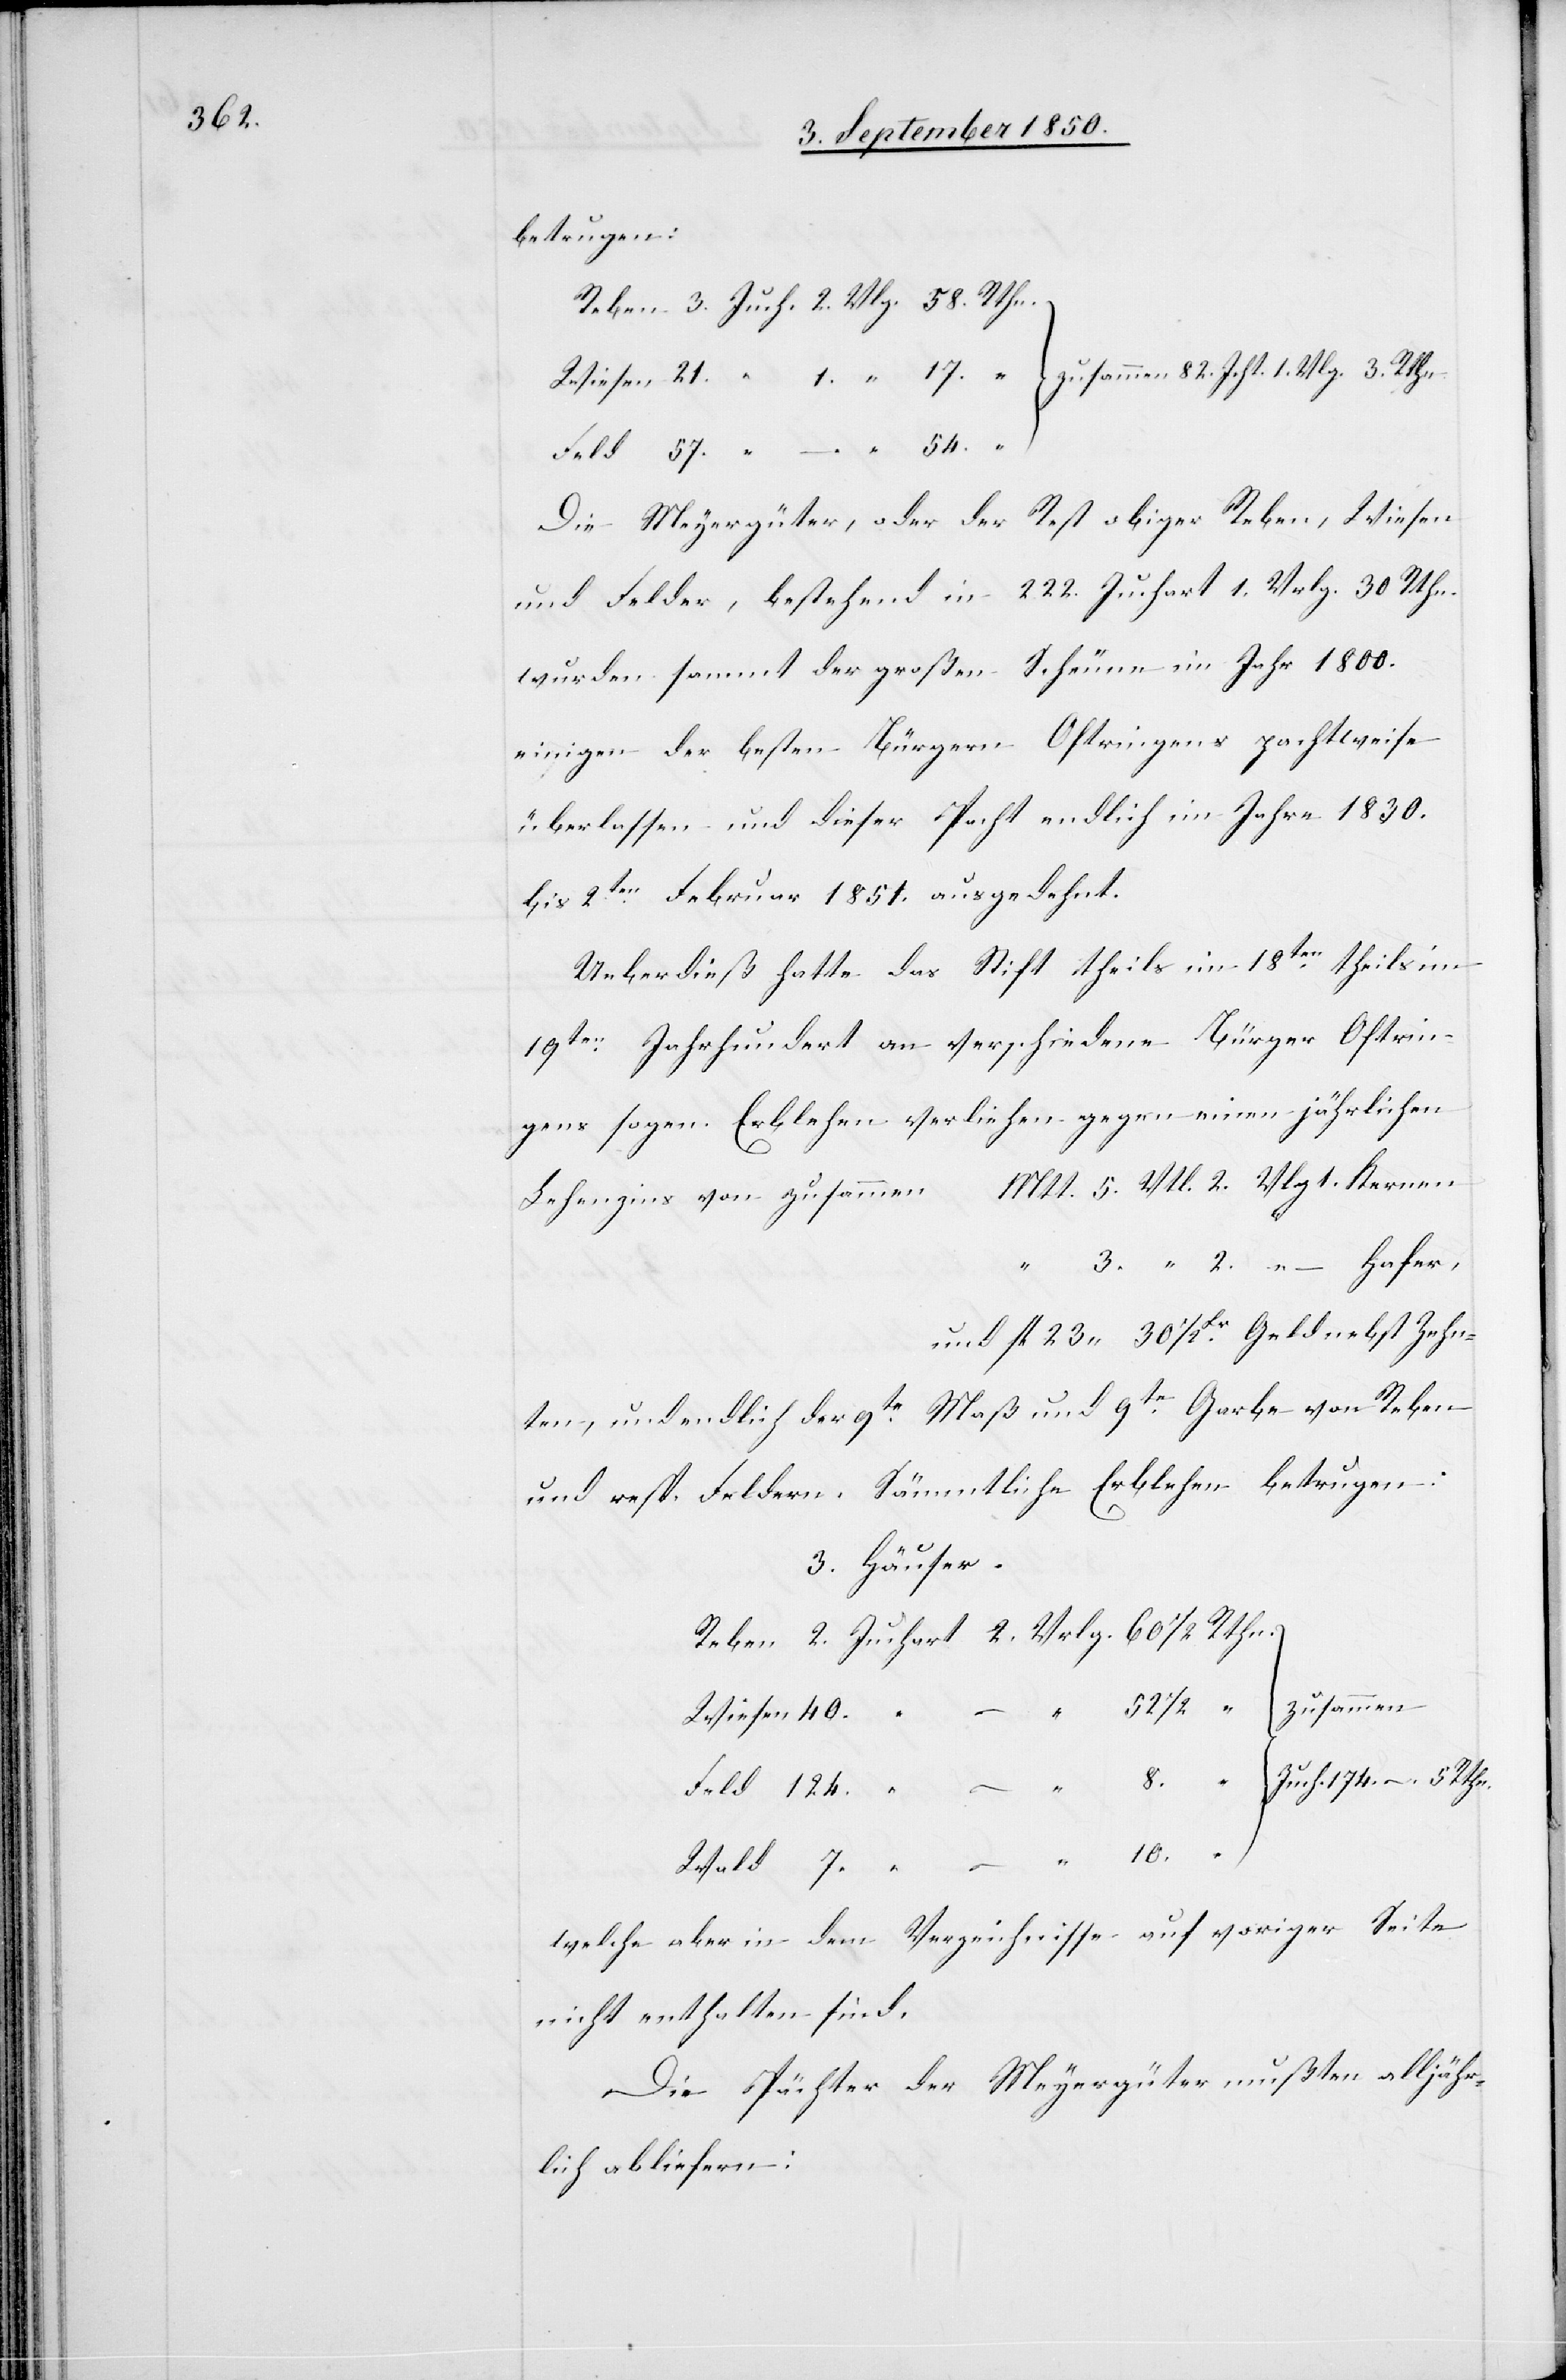
betrugen:
Die Meyergüter, oder der Rest obiger Reben, Wiesen
und Felder, bestehend in 222. Juchart 1. Vrlg. 30 Rthn.
wurden sammt der großen Scheune in Jahr 1800.
einigen der besten Bürgern Oftringens pachtweise
überlassen und dieser Pacht endlich im Jahre 1830.
bis 2ten Februar 1851. ausgedehnt.
Ueberdieß hatte das Stift theils im 18ten theils im
19ten Jahrhundert an verschiedene Bürger Oftrin¬
gens sogen. Erblehen verliehen gegen einen jährlichen
Lehenzins von zusammen
nten, und endlich der 9te Maß und 9te Garbe von Reben
3. Häuser.
zusammen
10.
welche aber in dem Verzeichnisse auf voriger Seite
nicht enthalten sind.
Die Pächter der Meyergüter mußten alljähr¬
lich abliefern: